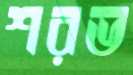
শরভ